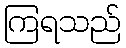
ကြရသည်